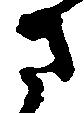
さ